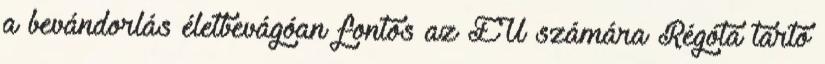
a bevándorlás életbevágóan fontos az EU számára Régóta tartó